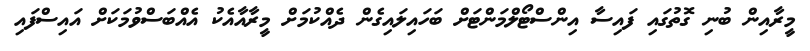
މީރާއިން ބުނި ގޮތުގައި ފައިސާ އިންސްޓޯލްމަންޓަށް ބަހައިލައިގެން ދެއްކުމަށް މީރާއާއެކު އެއްބަސްވުމަކަށް އައިސްފައި